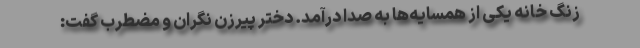
زنگ خانه یکی از همسایه‌ها به صدا درآمد. دختر پیرزن نگران و مضطرب گفت: